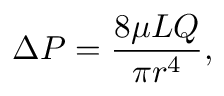
\Delta P = { \frac { 8 \mu L Q } { \pi r ^ { 4 } } } ,